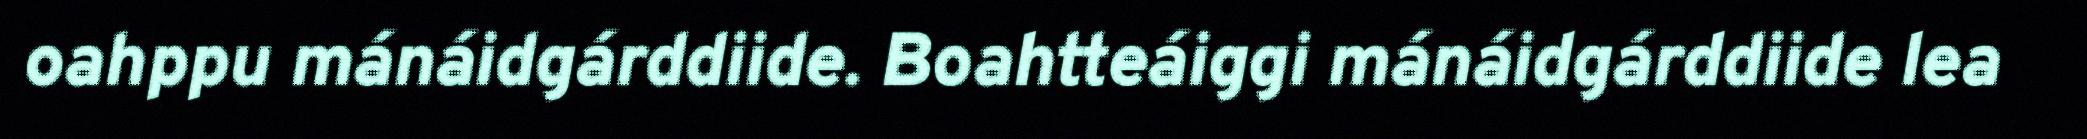
oahppu mánáidgárddiide. Boahtteáiggi mánáidgárddiide lea